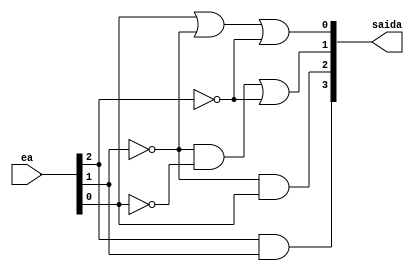
module cc_saida(
input [2:0] ea,
output [3:0] saida
);

wire not_ea2, not_ea1, not_ea0;
not(not_ea2, ea[2]);
not(not_ea1, ea[1]);
not(not_ea0, ea[0]);

and(saida[3], ea[2], ea[1]);
and(saida[2], not_ea1, ea[0]);
wire buffer1;
and(buffer1, not_ea1, not_ea0);
or(saida[1], buffer1, not_ea2);
or(saida[0], ea[0], not_ea1, not_ea2);

endmodule